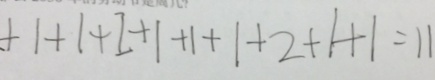
+ 1 + 1 + 1 + 1 + 1 + 1 + 2 + 1 + 1 = 1 1